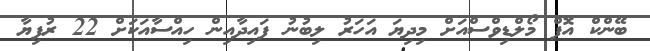
ބޭންކް އޮފް މޯލްޑިވްސްއަށް މިދިޔަ އަހަރު ލިބުނު ފައިދާއިން ހިއްސާއަކަށް 22 ރުފިޔާ